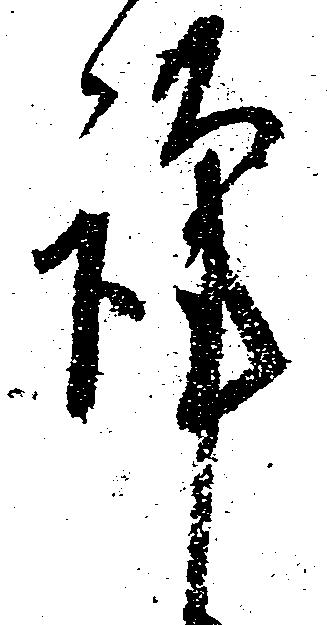
謹